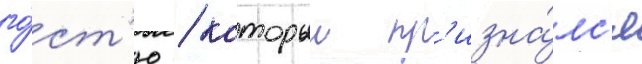
го́ст'ю / которыи пр'изна́лс'я